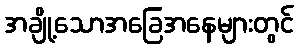
အချို့သောအခြေအနေများတွင်